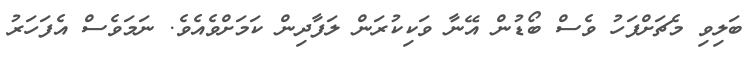
ބަލިވި މެޗަށްފަހު ވެސް ބޯޑުން އޭނާ ވަކިކުރަން ލަފާދިން ކަމަށްވެއެވެ. ނަމަވެސް އެފަހަރު